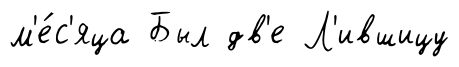
м'е́с'яца Был дв'е Л'ившицу